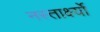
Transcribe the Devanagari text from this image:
नस्तार्क्ष्यो